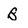
Character: B